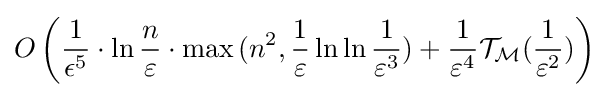
O\left({\frac {1}{\epsilon ^{5}}}\cdot \ln {\frac {n}{\varepsilon }}\cdot \max {(n^{2},{\frac {1}{\varepsilon }}\ln \ln {\frac {1}{\varepsilon ^{3}}})}+{\frac {1}{\varepsilon ^{4}}}{\mathcal {T_{M}}}({\frac {1}{\varepsilon ^{2}}})\right)